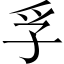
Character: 孚